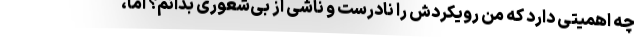
چه اهمیتی دارد که من رویکردش را نادرست و ناشی از بی‌شعوری بدانم؟ اما،